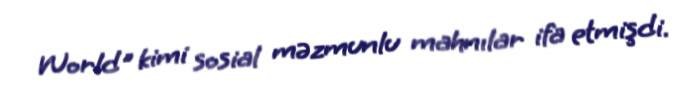
World" kimi sosial məzmunlu mahnılar ifa etmişdi.